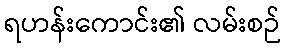
ရဟန်းကောင်း၏ လမ်းစဉ်